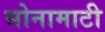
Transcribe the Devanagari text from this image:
सोनामाटी